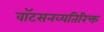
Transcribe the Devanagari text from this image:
वॉटसनव्यतिरिक्त